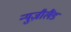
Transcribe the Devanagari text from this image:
न्युज़ीलैंड